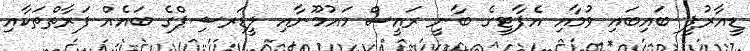
ޑީއާރުޕީ ބައިބައި ވުމާއި އެޕާޓީގެ ބާނީ ރައީސް މައުމޫނާއި ލީޑަރޝިޕްގެ ބައެއް ފަރާތްތަކާއި